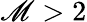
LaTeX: \mathscr{M}>2